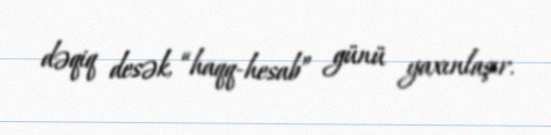
dəqiq desək, “haqq-hesab” günü yaxınlaşır.